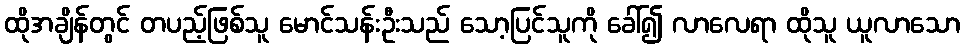
ထိုအချိန်တွင် တပည့်ဖြစ်သူ မောင်သန်းဦးသည် သော့ပြင်သူကို ခေါ်၍ လာလေရာ ထိုသူ ယူလာသော